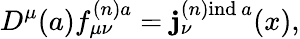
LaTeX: D^{\mu}(a)f_{\mu\nu}^{(n)a}=\mathbf{j}_{\nu}^{(n)\mathrm{{ind}}\ a}(x),